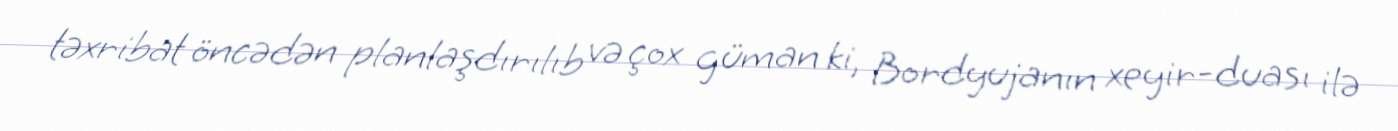
təxribat öncədən planlaşdırılıb və çox güman ki, Bordyujanın xeyir-duası ilə